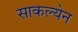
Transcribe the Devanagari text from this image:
साकल्येन